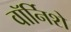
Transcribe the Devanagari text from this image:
वॉर्निशे